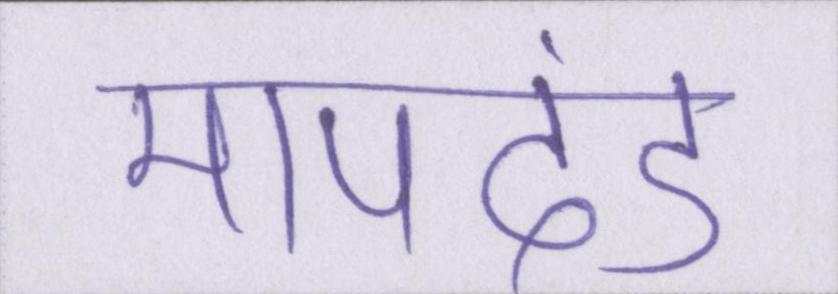
मापदंड